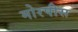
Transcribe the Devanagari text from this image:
मोरपीस